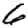
Digit: 6